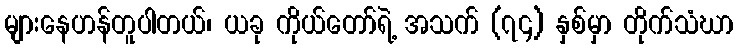
များနေဟန်တူပါတယ်၊ ယခု ကိုယ်တော်ရဲ့ အသက် (၇၄) နှစ်မှာ တိုက်သံဃာ